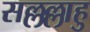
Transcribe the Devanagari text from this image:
सल्लल्लाहु